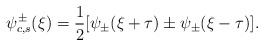
\begin{align*}\psi_{c, s}^{\pm}(\xi) = \frac{1}{2} [\psi_{\pm}(\xi + \tau) \pm \psi_{\pm}(\xi - \tau)].\end{align*}